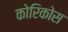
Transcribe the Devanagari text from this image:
कोरिकोस